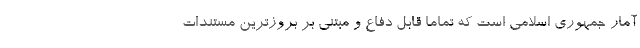
آمار جمهوری اسلامی است که تماما قابل دفاع و مبتنی بر بروزترین مستندات